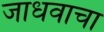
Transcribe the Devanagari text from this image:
जाधवाचा